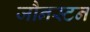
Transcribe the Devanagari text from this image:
जौनस्टन